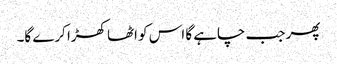
پھر جب چاہے گا اس کو اٹھا کھڑا کرے گا۔